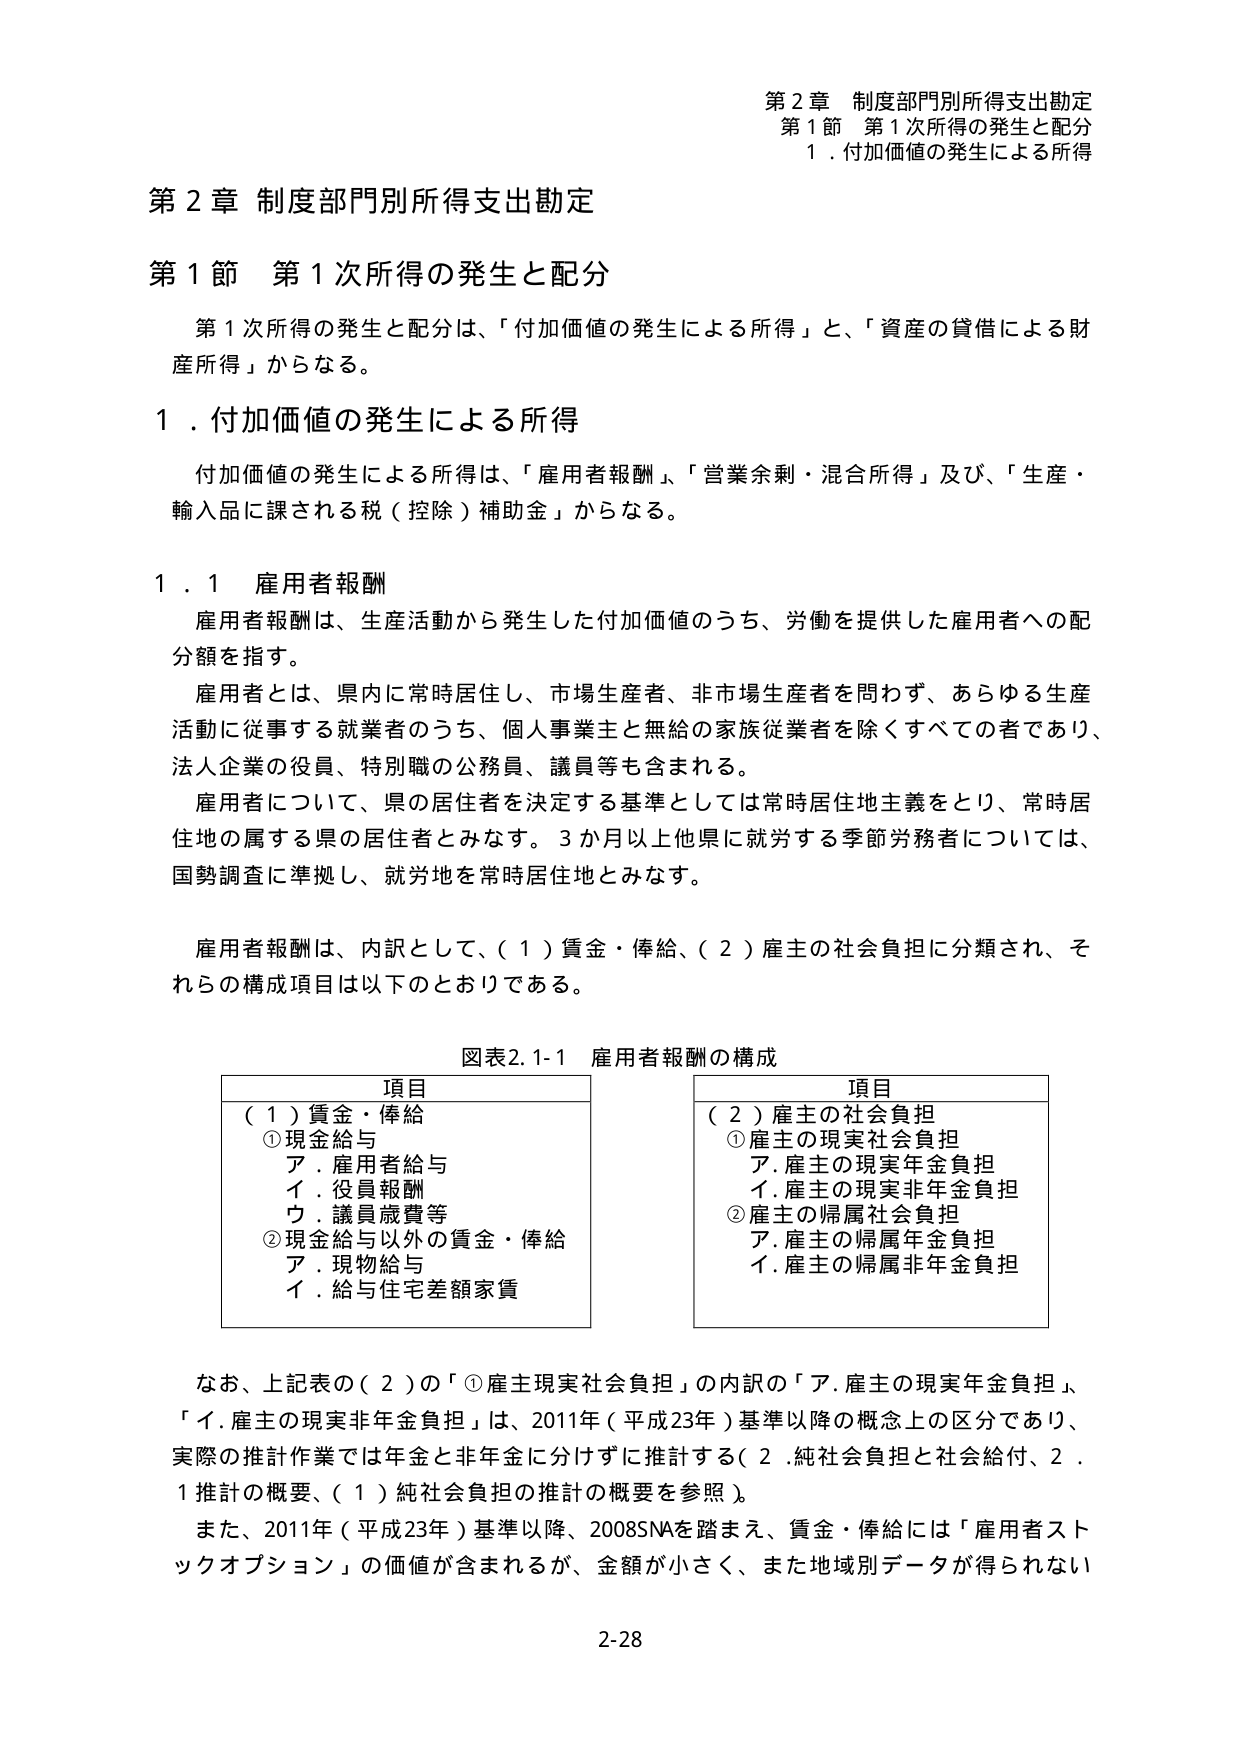
第２章 制度部門別所得支出勘定
第１節 第１次所得の発生と配分
１．付加価値の発生による所得

第２章 制度部門別所得支出勘定
第１節 第１次所得の発生と配分

第１次所得の発生と配分は、「付加価値の発生による所得」と、「資産の貸借による財産所得」からなる。

１．付加価値の発生による所得

付加価値の発生による所得は、「雇用者報酬」、「営業余剰・混合所得」及び、「生産・輸入品に課される税（控除）補助金」からなる。

１．１ 雇用者報酬

雇用者報酬は、生産活動から発生した付加価値のうち、労働を提供した雇用者への配分額を指す。

雇用者とは、県内に常時居住し、市場生産者、非市場生産者を問わず、あらゆる生産活動に従事する就業者のうち、個人事業主と無給の家族従業者を除くすべての者であり、法人企業の役員、特別職の公務員、議員等も含まれる。

雇用者について、県の居住者を決定する基準としては常時居住地主義をとり、常時居住地の属する県の居住者とみなす。３か月以上他県に就労する季節労務者については、国勢調査に準拠し、就労地を常時居住地とみなす。

雇用者報酬は、内訳として、（１）賃金・俸給、（２）雇主の社会負担に分類され、それらの構成項目は以下のとおりである。

図表2.1-1 雇用者報酬の構成

項目
（１）賃金・俸給
①現金給与
　ア．雇用者給与
　イ．役員報酬
　ウ．議員歳費等
②現金給与以外の賃金・俸給
　ア．現物給与
　イ．給与住宅差額家賃

項目
（２）雇主の社会負担
①雇主の現実社会負担
　ア．雇主の現実年金負担
　イ．雇主の現実非年金負担
②雇主の帰属社会負担
　ア．雇主の帰属年金負担
　イ．雇主の帰属非年金負担

なお、上記表の（２）の「①雇主現実社会負担」の内訳の「ア．雇主の現実年金負担」、「イ．雇主の現実非年金負担」は、2011年（平成23年）基準以降の概念上の区分であり、実際の推計作業では年金と非年金に分けずに推計する（２．純社会負担と社会給付、２．１ 推計の概要、（１）純社会負担の推計の概要を参照）。

また、2011年（平成23年）基準以降、2008SNAを踏まえ、賃金・俸給には「雇用者ストックオプション」の価値が含まれるが、金額が小さく、また地域別データが得られない

2-28